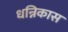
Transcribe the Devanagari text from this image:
धन्निकास